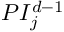
P I _ { j } ^ { d - 1 }